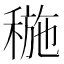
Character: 𥠥